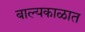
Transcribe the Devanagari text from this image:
बाल्यकाळात